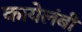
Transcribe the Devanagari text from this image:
कायेलंबी